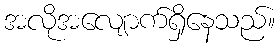
အလိုအလျောက်ရှိနေသည်။